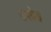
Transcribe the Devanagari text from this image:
उपग्रेड